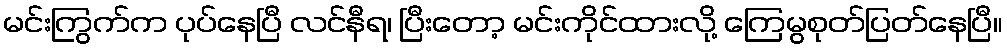
မင်းကြွက်က ပုပ်နေပြီ လင်နီရ၊ ပြီးတော့ မင်းကိုင်ထားလို့ ကြေမွစုတ်ပြတ်နေပြီ။